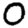
Digit: 0